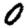
Digit: 0